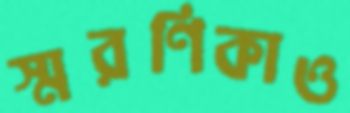
স্মরণিকাও